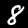
Label: 8